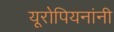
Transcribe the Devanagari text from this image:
यूरोपियनांनी